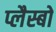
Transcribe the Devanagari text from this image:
प्लैस्बो